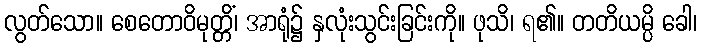
လွတ်သော။ စေတောဝိမုတ္တိံ၊ အာရုံ၌ နှလုံးသွင်းခြင်းကို။ ဖုသိ၊ ရ၏။ တတိယမ္ပိ ခေါ၊